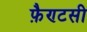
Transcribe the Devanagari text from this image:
फ़ैण्टसी